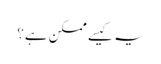
یہ کیسے ممکن ہے؟